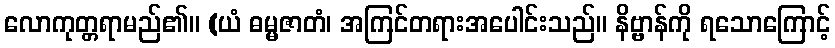
လောကုတ္တရာမည်၏။ (ယံ ဓမ္မဇာတံ၊ အကြင်တရားအပေါင်းသည်။ နိဗ္ဗာန်ကို ရသောကြောင့်